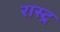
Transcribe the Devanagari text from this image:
रास्ट्र